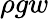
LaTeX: \rho gw